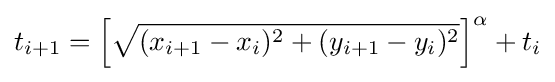
t_{i+1}=\left[{\sqrt {(x_{i+1}-x_{i})^{2}+(y_{i+1}-y_{i})^{2}}}\right]^{\alpha }+t_{i}